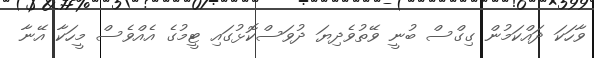
ވާހަކަ ދައްކަމުން ގިގްސް ބުނީ ވޭތުވެދިޔަ ދުވަސްކޮޅުގައި ޓީމުގެ އެއްވެސް މީހަކާ އޭނާ